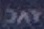
DAY